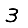
Digit: 3